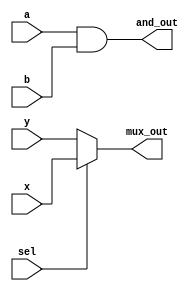
module simple_continuous_assignment (
    input wire a,          // First input for AND gate
    input wire b,          // Second input for AND gate
    input wire sel,        // Select signal for multiplexer
    input wire x,          // First input for multiplexer
    input wire y,          // Second input for multiplexer
    output wire and_out,   // Output of the AND gate
    output wire mux_out    // Output of the multiplexer
);

// Continuous assignment for AND gate
assign and_out = a & b;  // and_out is continuously assigned the result of a AND b

// Continuous assignment for multiplexer
assign mux_out = sel ? x : y;  // mux_out is assigned x if sel is 1, otherwise y

endmodule